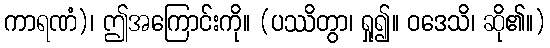
ကာရဏံ)၊ ဤအကြောင်းကို။ (ပဿိတွာ၊ ရှု၍။ ဝဒေသိ၊ ဆို၏။)